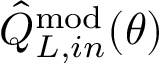
\hat { Q } _ { L , i n } ^ { \mathrm { m o d } } ( \theta )